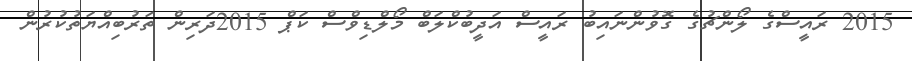
2015 ރައީސްގެ ލޯންޗުގެ ގޮވުންނައިބު ރައީސް އަދީބުކްލަބް މޯލްޑިވްސް ކަޕް 2015ދަރިން ތަރުބިއްޔަތުކުރުން